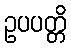
ဥပပတ္တိ